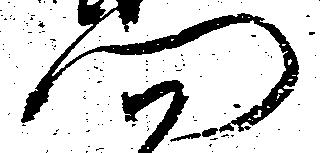
門